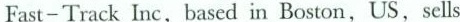
Fast-Track Inc,based in Boston,US,sells